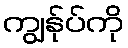
ကျွန်ုပ်ကို